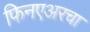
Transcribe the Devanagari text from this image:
फिनएअरचा